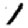
Digit: 1